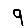
Digit: 9